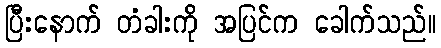
ပြီးနောက် တံခါးကို အပြင်က ခေါက်သည်။